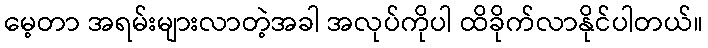
မေ့တာ အရမ်းများလာတဲ့အခါ အလုပ်ကိုပါ ထိခိုက်လာနိုင်ပါတယ်။